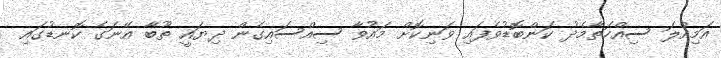
އަމިއްލަ ސިއްހަތާމެދު ކަންބޮޑުވެފައި ވަނިކޮށް މައުވާ ސިއްސައިގެން ދިޔައީ ތޫބާ އޭނަގެ ކޮނޑުގައި